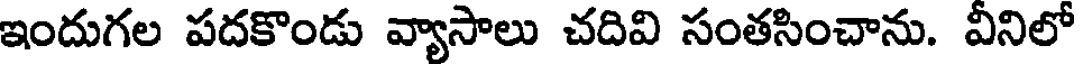
ఇందుగల పదకొండు వ్యాసాలు చదివి సంతసించాను. వీనిలో